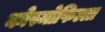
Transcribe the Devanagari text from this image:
कोस्मोफिल्ला